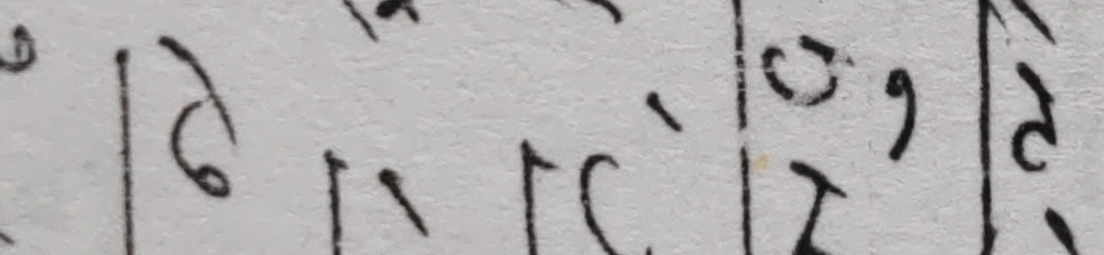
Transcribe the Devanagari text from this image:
६।१।२०९।९।२